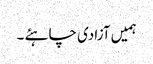
ہمیں آزادی چاہئے ۔